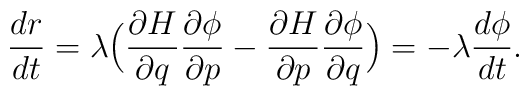
\frac{dr}{dt} = \lambda \Big( \frac{\partial H}{\partial q}\frac{\partial \phi}{\partial p} - \frac{\partial H}{\partial p}\frac{\partial \phi}{\partial q} \Big)= -\lambda \frac{d\phi}{dt}.